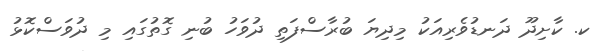
ކ. ކާށިދޫ ދަނޑުވެރިއަކު މިދިޔަ ބުރާސްފަތި ދުވަހު ބުނި ގޮތުގައި މި ދުވަސްކޮޅު